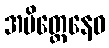
အမိတ္တေနေဝ